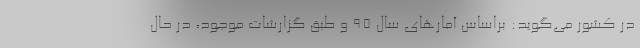
در کشور می‌گوید: براساس آمارهای سال ۹۵ و طبق گزارشات موجود، در حال